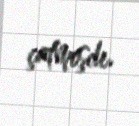
çatmışdı.